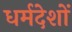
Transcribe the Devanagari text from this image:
धर्मदेशों